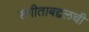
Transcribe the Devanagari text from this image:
संगीताबद्दलची